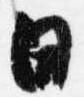
日